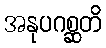
အနုပဂစ္ဆတိ